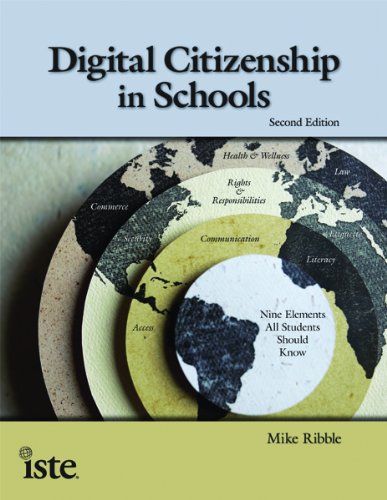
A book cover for Digital Citizenship in Schools, 2nd Edition; Mike Ribble; Education & Teaching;